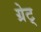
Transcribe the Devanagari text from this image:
ग्रेट्